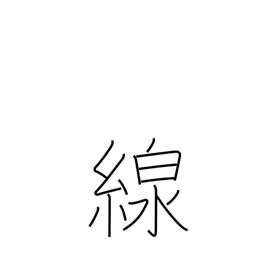
Meaning: line